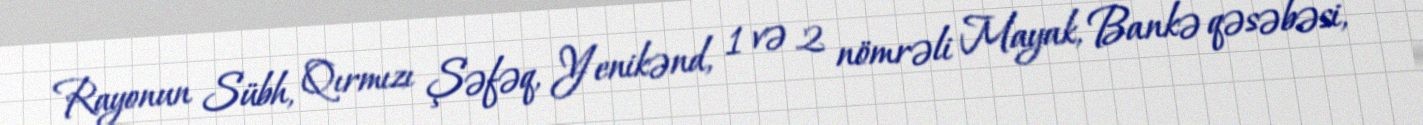
Rayonun Sübh, Qırmızı Şəfəq, Yenikənd, 1 və 2 nömrəli Mayak, Bankə qəsəbəsi,